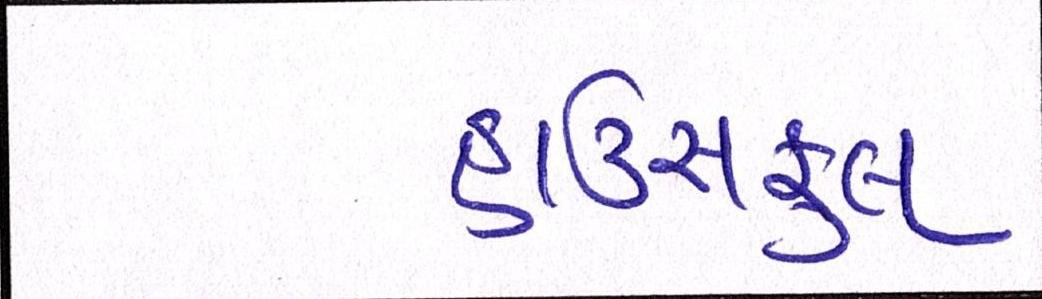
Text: હાઉસફૂલ